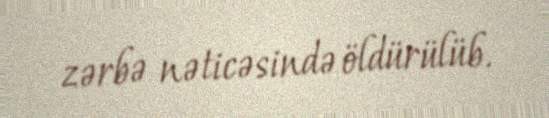
zərbə nəticəsində öldürülüb.